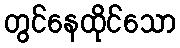
တွင်နေထိုင်သော